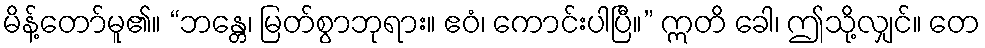
မိန့်တော်မူ၏။ “ဘန္တေ၊ မြတ်စွာဘုရား။ ဧဝံ၊ ကောင်းပါပြီ။” ဣတိ ခေါ၊ ဤသို့လျှင်။ တေ